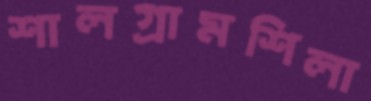
শালগ্রামশিলা